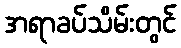
အရာခပ်သိမ်းတွင်